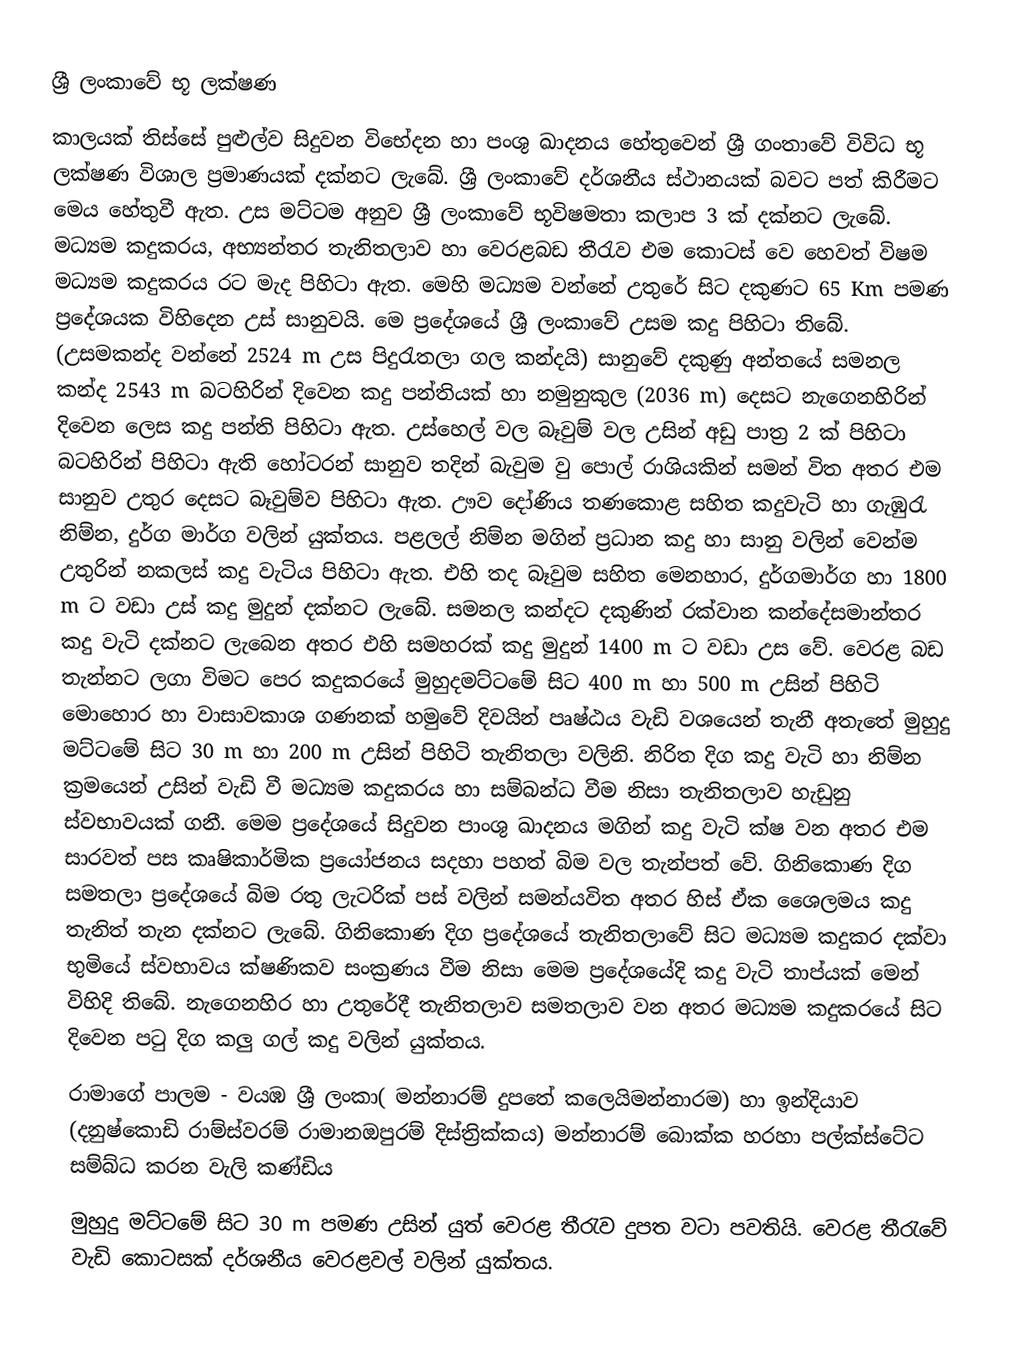
ශ්‍රී ලංකාවේ භූ ලක්ෂණ
කාලයක් තිස්සේ පුළුල්ව සිදුවන විභේදන හා පංශු ඛාදනය හේතුවෙන් ශ්‍රී ගංතාවේ විවිධ භූ ලක්ෂණ විශාල ප්‍රමාණයක් දක්නට ලැබේ. ශ්‍රී ලංකාවේ දර්ශනීය ස්ථානයක් බවට පත් කිරීමට මෙය හේතුවී ඇත. උස මට්ටම අනුව ශ්‍රී ලංකාවේ භූවිෂමතා කලාප 3 ක් දක්නට ලැබේ. මධ්‍යම කදුකරය, අභ්‍යන්තර තැනිතලාව හා වෙරළබඩ තීරැව එම කොටස් වෙ හෙවත් විෂම මධ්‍යම කදුකරය රට මැද පිහිටා ඇත. මෙහි මධ්‍යම වන්නේ උතුරේ සිට දකුණට 65 Km පමණ ප්‍රදේශයක විහිදෙන උස් සානුවයි. මෙ ප්‍රදේශයේ ශ්‍රී ලංකාවේ උසම කදු පිහිටා තිබේ. (උසමකන්ද වන්නේ 2524 m උස පිදුරැතලා ගල කන්දයි) සානුවේ දකුණු අන්තයේ සමනල කන්ද 2543 m බටහිරින් දිවෙන කදු පන්තියක් හා නමුනුකුල (2036 m) දෙසට නැගෙනහිරින් දිවෙන ලෙස කදු පන්ති පිහිටා ඇත. උස්හෙල් වල බෑවුම් වල උසින් අඩු පාත්‍ර 2 ක් පිහිටා බටහිරින් පිහිටා ඇති ‍හෝටරන් සානුව තදින් බැවුම වු පොල් රාශියකින් සමන් විත අතර එම සානුව උතුර දෙසට බෑවුම්ව පිහිටා ඇත. ඌව දෝණිය තණකොළ සහිත කදුවැටි හා ගැඹුරැ නිම්න, දුර්ග මාර්ග වලින් යුක්තය. පළලල් නිම්න මගින් ප්‍රධාන කදු හා සානු වලින් වෙන්ම උතුරින් නකලස් කදු වැටිය පිහිටා ඇත. එහි තද බෑවුම සහිත මෙනහාර, දුර්ගමාර්ග හා 1800 m ට වඩා උස් කදු මුදුන් දක්නට ලැබේ. සමනල කන්දට දකුණින් රක්වාන කන්දේසමාන්තර කදු වැටි දක්නට ලැබෙන අතර එහි සමහරක් කදු මුදුන් 1400 m ට වඩා උස වේ. වෙරළ බඩ තැන්නට ලගා විමට පෙර කදුකරයේ මුහුදමට්ටමේ සිට 400 m හා 500 m උසින් පිහිටි මොහොර  හා වාසාවකාශ ගණනක් හමුවේ දිවයින් පෘෂ්ඨය වැඩි වශයෙන් තැනී අතැතේ මුහුදු මට්ටමේ සිට 30 m හා 200 m උසින් පිහිටි තැනිතලා වලිනි. නිරිත දිග කදු වැටි හා නිම්න ක්‍රමයෙන් උසින් වැඩි වී මධ්‍යම කදුකරය හා සම්බන්ධ වීම නිසා තැනිතලාව හැඩුනු ස්වභාවයක් ගනී. මෙම ප්‍රදේශයේ සිදුවන පාංශු ඛාදනය මගින් කදු වැටි ක්ෂ වන අතර එම සාරවත් පස කෘෂිකාර්මික ප්‍රයෝජනය සදහා පහත් බිම වල තැන්පත් වේ. ගිනිකොණ දිග සමතලා ප්‍රදේශයේ බිම රතු ලැටරික් පස් වලින් සමන්යවිත අතර හිස් ඒක ශෛලමය  කදු තැනිත් තැන දක්නට ලැබේ. ගිනිකොණ දිග ප්‍රදේශයේ තැනිතලාවේ සිට මධ්‍යම කදුකර දක්වා භුමියේ ස්වභාවය ක්ෂණිකව සංක්‍රණය වීම නිසා මෙම ප්‍රදේශයේදි කදු වැටි තාප්යක් මෙන් විහිදි තිබේ. නැගෙනහිර හා උතුරේදී තැනිතලාව සමතලාව වන අතර මධ්‍යම කදුකරයේ සිට දිවෙන පටු දිග කලු ගල් කදු වලින් යුක්තය.
රාමාගේ පාලම - වයඹ ශ්‍රී ලංකා( මන්නාරම් දුපතේ කලෙයිමන්නාරම) හා ඉන්දියාව (දනුෂ්කොඩි රාම්ස්වරම් රාමානඔපුරම් දිස්ත්‍රික්කය) මන්නාරම් බොක්ක හරහා පල්ක්ස්ටේට සම්බ්ධ කරන වැලි කණ්ඩිය
මුහුදු මට්ටමේ සිට 30 m  පමණ උසින් යුත් වෙරළ තීරැව දුප‍ත වටා පවතියි. වෙරළ තීරැවේ වැඩි කොටසක් දර්ශනීය වෙරළවල් වලින් යුක්තය.